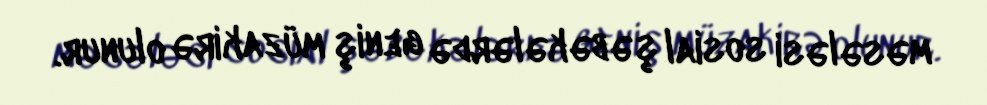
məsələsi sosial şəbəkələrdə geniş müzakirə olunur.